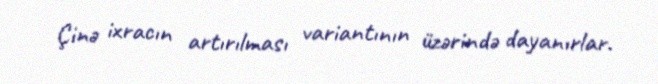
Çinə ixracın artırılması variantının üzərində dayanırlar.